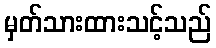
မှတ်သားထားသင့်သည်